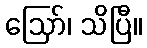
ဪ၊ သိပြီ။